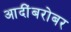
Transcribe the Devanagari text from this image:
आदींबरोबर